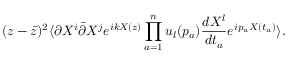
( z - \bar { z } ) ^ { 2 } \langle \partial X ^ { i } \bar { \partial } X ^ { j } e ^ { i k X ( z ) } \prod _ { a = 1 } ^ { n } u _ { l } ( p _ { a } ) \frac { d X ^ { l } } { d t _ { a } } e ^ { i p _ { a } X ( t _ { a } ) } \rangle .